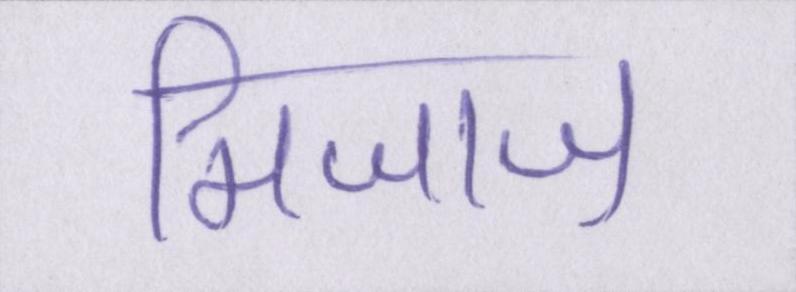
मिजाज